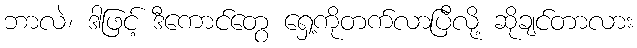
ဘာလဲ၊ ဒါဖြင့် ဒီကောင်တွေ ရှေ့ကိုတက်လာပြီလို့ ဆိုချင်တာလား